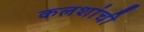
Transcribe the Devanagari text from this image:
कलशांची